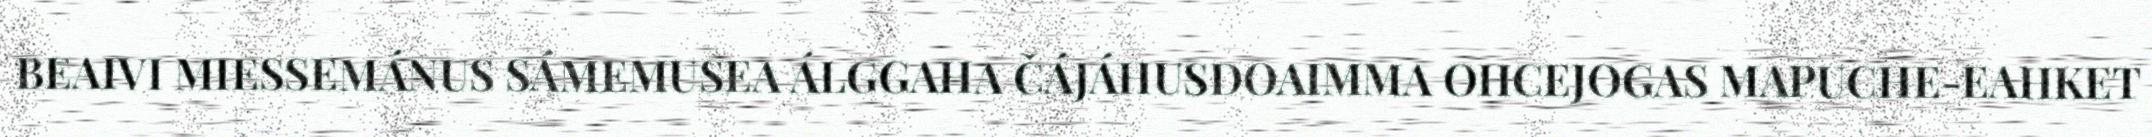
BEAIVI MIESSEMÁNUS SÁMEMUSEA ÁLGGAHA ČÁJÁHUSDOAIMMA OHCEJOGAS MAPUCHE-EAHKET